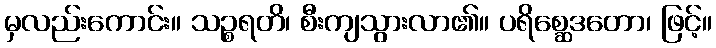
မှလည်းကောင်း။ သဉ္စရတိ၊ စီးကျသွားလာ၏။ ပရိစ္ဆေဒတော၊ ဖြင့်။